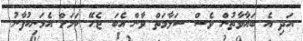
އަދި އެ ބަޣާވާތުން ވެސް ސަލާމަތް ވާން އެބަ ޖެހޭ ކަމަށް އެމަނިކުފާނު